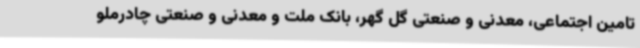
تامین اجتماعی، معدنی و صنعتی گل گهر، بانک ملت و معدنی و صنعتی چادرملو